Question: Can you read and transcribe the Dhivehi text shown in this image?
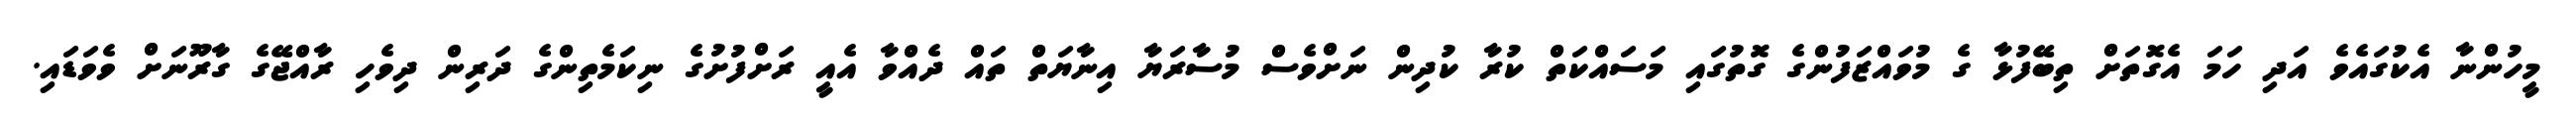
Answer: މީހުންނާ އެކުގައެވެ އަދި ހަމަ އެގޮތަށް ތިބޭފުޅާ ގެ މުވައްޒަފުންގެ ގޮތުގައި މަސައްކަތް ކުރާ ކުދިން ނަށްވެސް މުސާރަޔާ އިނާޔަތް ތައް ދެއްވާ އެއީ ރަށްފުށުގެ ނިކަމެތިންގެ ދަރިން ދިވެހި ރާއްޖޭގެ ގާރޫނަށް ވެވަޑައި.